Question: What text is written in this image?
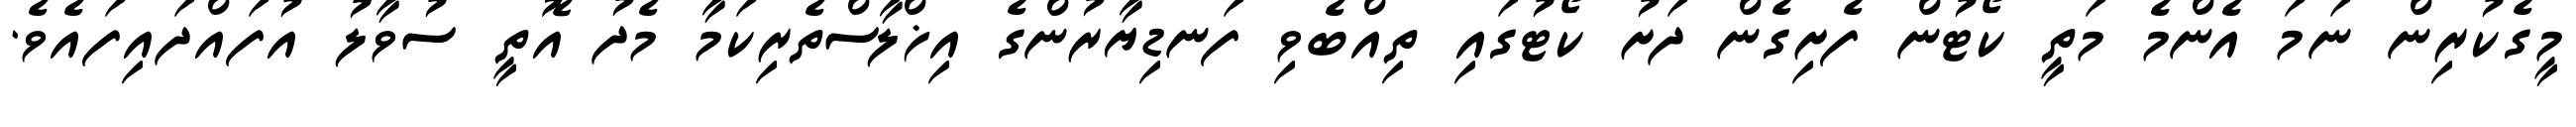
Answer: މީގެކުރިން ނަމަ އެންމެ މަތީ ކޯޓުން ފެށިގެން ދަށު ކޯޓުގައި ތިއްބެވި ފަނޑިޔާރުންގެ އިޚްލާސްތެރިކަމާ މެދު އޮތީ ސުވާލު އުފައްދައިފައެވެ.